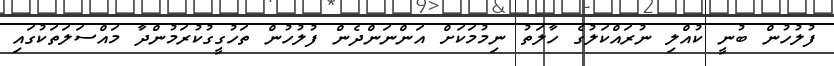
ފުލުހުން ބުނީ ކުއްލި ނުރައްކަލުގެ ހާލަތު ނިމުމަކަށް އަންނަންދެން ފުލުހުން ތަހުގީގުކުރަމުންދާ މައްސަލަތަކުގައި